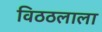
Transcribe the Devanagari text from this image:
विठठलाला